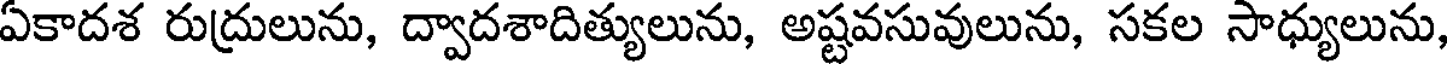
ఏకాదశ రుద్రులును, ద్వాదశాదిత్యులును, అష్టవసువులును, సకల సాధ్యులును,